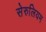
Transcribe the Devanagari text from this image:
सेरुलियम